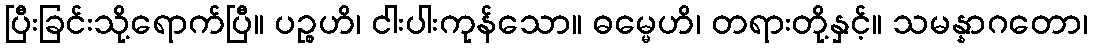
ပြီးခြင်းသို့ရောက်ပြီ။ ပဉ္စဟိ၊ ငါးပါးကုန်သော။ ဓမ္မေဟိ၊ တရားတို့နှင့်။ သမန္နာဂတော၊